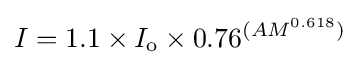
I=1.1\times I_{\mathrm {o} }\times 0.76^{(AM^{0.618})}